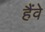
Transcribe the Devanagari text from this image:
हैंवे